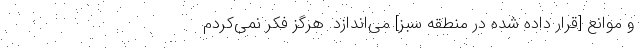
و موانع [قرار داده شده در منطقه سبز] می‌اندازد. هرگز فکر نمی‌کردم